Report on sanitation, dispensaries, and jails in Rajputana for 1918, and on vaccination for the year 1918-1919 - 1918-1919
Year: 1918
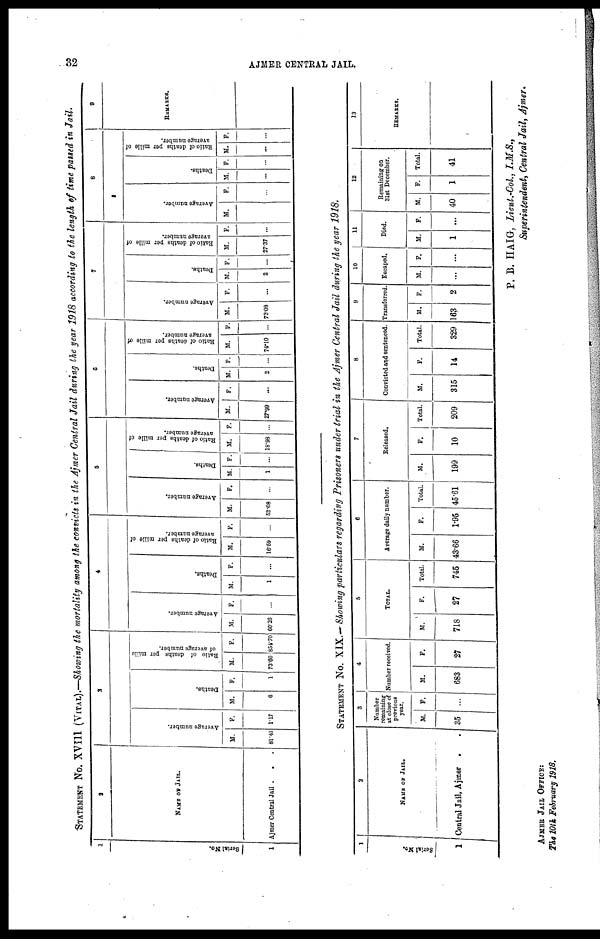
32
AJMER CENTRAL JAIL.
STATEMENT No. XVIII (VITAL).—Showing the mortality among the convicts in the Ajmer Central Jail during the year 1918 according to the length of time passed in Jail.
1
Serial No.
1
2
NAME OF JAIL.
Ajmer Central Jail .
. .
3
Average number.
M.
81.41
F.
1.17
Deaths.
M.
6
F
1
Ratio of deaths per mille
of average number.
M.
73.60
F.
854.70
4
Average number.
M.
60.26
F.
...
Deaths.
M.
1
F.
...
Ratio of deaths per mille of
average number.
M.
16.59
F.
...
5
Average number.
M.
52.68
F.
...
Deaths.
M.
1
F.
...
Ratio of deaths per mille of
average number.
M.
18.98
F.
...
6
Average number.
M.
27.99
F.
...
Deaths.
M.
2
F.
...
Ratio of deaths per mille of
average number.
M.
74.10
F.
...
7
Average number.
M.
73.08
F.
...
Deaths.
M.
2
F.
...
Ratio of deaths per mille of
average number.
M.
27.37
F.
...
8
Average number.
M.
...
F.
...
Deaths.
M.
...
F.
...
Ratio of deaths per mille of
average number.
M.
...
F.
...
9
REMARKS.
STATEMENT No. XIX.— Showing particulars regarding Prisoners under trial in the Ajmer Central Jail during the year 1918.
1
Serial No.
1
2
NAME OF JAIL.
Central Jail, Ajmer .
.
3
Number
remaining
at close of
previous
year.
M.
35
F.
...
4
Number received.
M.
683
F.
27
5
TOTAL
M.
718
F.
27
Total.
745
6
Average daily number.
M.
43.66
F.
1.95
Total.
45.61
7
Released.
M.
199
F.
10
Total.
209
8
Convicted and sentenced.
M.
315
F.
14
Total.
329
9
Transferred.
M.
163
F.
2
10
Escaped.
M.
...
F.
...
11
Died.
M.
1
F.
...
12
Remaining on
31st December.
M.
40
F.
1
Total.
41
13
REMARKS.
P. B. HAIG, Lieut.-Col,
I.M.S.,
Superintendent, Central Jail, Ajmer.
AJMER JAIL OFFICE:
The 10th February 1918.